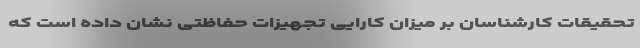
تحقیقات کارشناسان بر میزان کارایی تجهیزات حفاظتی نشان داده‌ است که